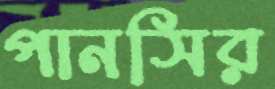
পানসির